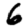
Digit: 6